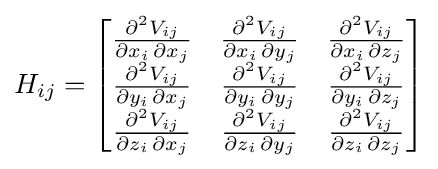
H_{ij}={\begin{bmatrix}{\partial ^{2}V_{ij} \over \partial x_{i}\,\partial x_{j}}&{\partial ^{2}V_{ij} \over \partial x_{i}\,\partial y_{j}}&{\partial ^{2}V_{ij} \over \partial x_{i}\,\partial z_{j}}\\{\partial ^{2}V_{ij} \over \partial y_{i}\,\partial x_{j}}&{\partial ^{2}V_{ij} \over \partial y_{i}\,\partial y_{j}}&{\partial ^{2}V_{ij} \over \partial y_{i}\,\partial z_{j}}\\{\partial ^{2}V_{ij} \over \partial z_{i}\,\partial x_{j}}&{\partial ^{2}V_{ij} \over \partial z_{i}\,\partial y_{j}}&{\partial ^{2}V_{ij} \over \partial z_{i}\,\partial z_{j}}\end{bmatrix}}